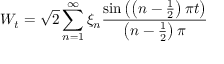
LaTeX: W _ { t } = { \sqrt { 2 } } \sum _ { n = 1 } ^ { \infty } \xi _ { n } { \frac { \sin \left( \left( n - { \frac { 1 } { 2 } } \right) \pi t \right) } { \left( n - { \frac { 1 } { 2 } } \right) \pi } }